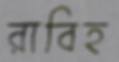
রাবিহ